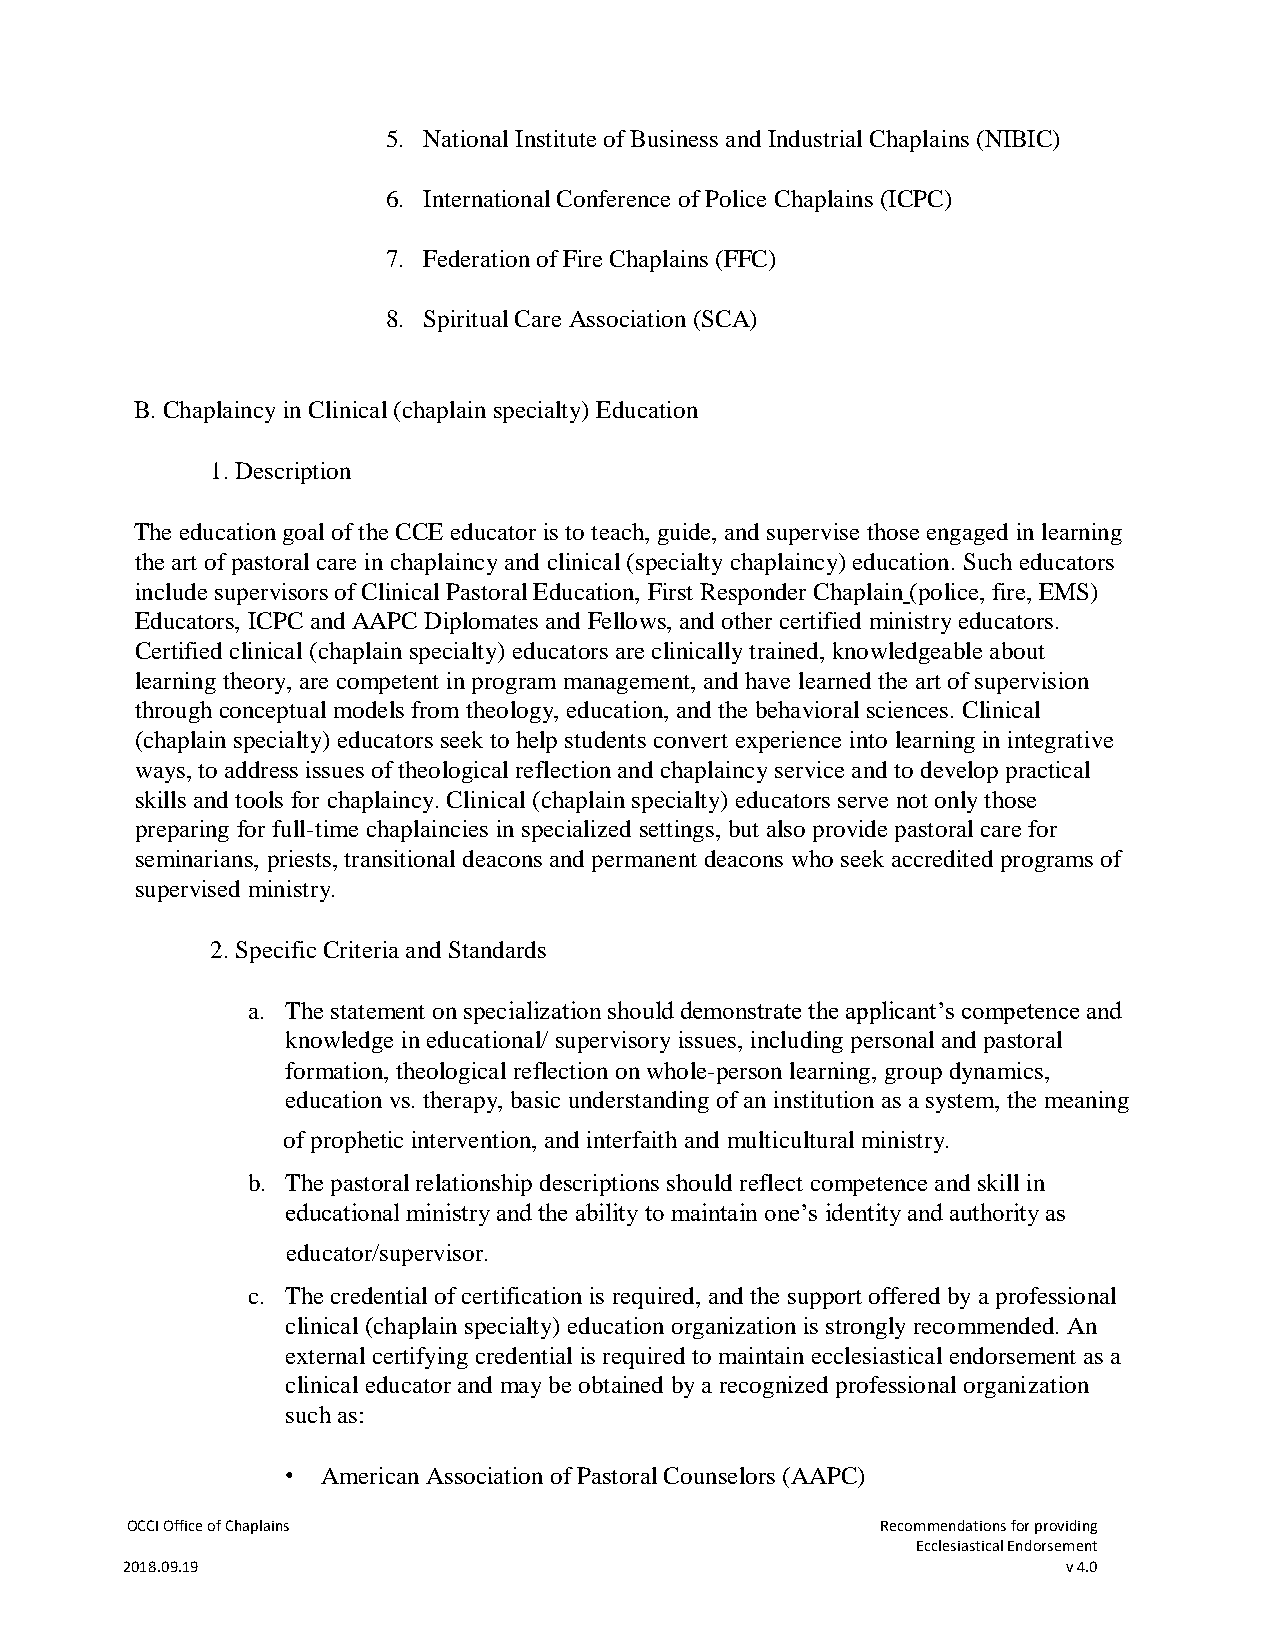
5. National Institute of Business and Industrial Chaplains (NIBIC)
 6. International Conference of Police Chaplains (ICPC)
 7. Federation of Fire Chaplains (FFC)
 8. Spiritual Care Association (SCA)
 B. Chaplaincy in Clinical (chaplain specialty) Education
 1. Description
 The education goal of the CCE educator is to teach, guide, and supervise those engaged in learning
 the art of pastoral care in chaplaincy and clinical (specialty chaplaincy) education. Such educators
 include supervisors of Clinical Pastoral Education, First Responder Chaplain (police, fire, EMS)
 Educators, ICPC and AAPC Diplomates and Fellows, and other certified ministry educators.
 Certified clinical (chaplain specialty) educators are clinically trained, knowledgeable about
 learning theory, are competent in program management, and have learned the art of supervision
 through conceptual models from theology, education, and the behavioral sciences. Clinical
 (chaplain specialty) educators seek to help students convert experience into learning in integrative
 ways, to address issues of theological reflection and chaplaincy service and to develop practical
 skills and tools for chaplaincy. Clinical (chaplain specialty) educators serve not only those
 preparing for full-time chaplaincies in specialized settings, but also provide pastoral care for
 seminarians, priests, transitional deacons and permanent deacons who seek accredited programs of
 supervised ministry.
 2. Specific Criteria and Standards
 a. The statement on specialization should demonstrate the applicant’s competence and
 knowledge in educational/ supervisory issues, including personal and pastoral
 formation, theological reflection on whole-person learning, group dynamics,
 education vs. therapy, basic understanding of an institution as a system, the meaning
 of prophetic intervention, and interfaith and multicultural ministry.
 b. The pastoral relationship descriptions should reflect competence and skill in
 educational ministry and the ability to maintain one’s identity and authority as
 educator/supervisor.
 c. The credential of certification is required, and the support offered by a professional
 clinical (chaplain specialty) education organization is strongly recommended. An
 external certifying credential is required to maintain ecclesiastical endorsement as a
 clinical educator and may be obtained by a recognized professional organization
 such as:
 • American Association of Pastoral Counselors (AAPC)
 OCCI Office of Chaplains                          Recommendations for providing
 Ecclesiastical Endorsement
 2018.09.19                                                     v 4.0